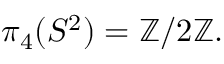
\pi _ { 4 } ( S ^ { 2 } ) = \mathbb { Z } / 2 \mathbb { Z } .